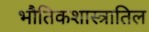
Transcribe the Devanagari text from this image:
भौतिकशास्त्रातिल